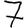
Digit: 7